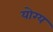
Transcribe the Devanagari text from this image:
योग्य